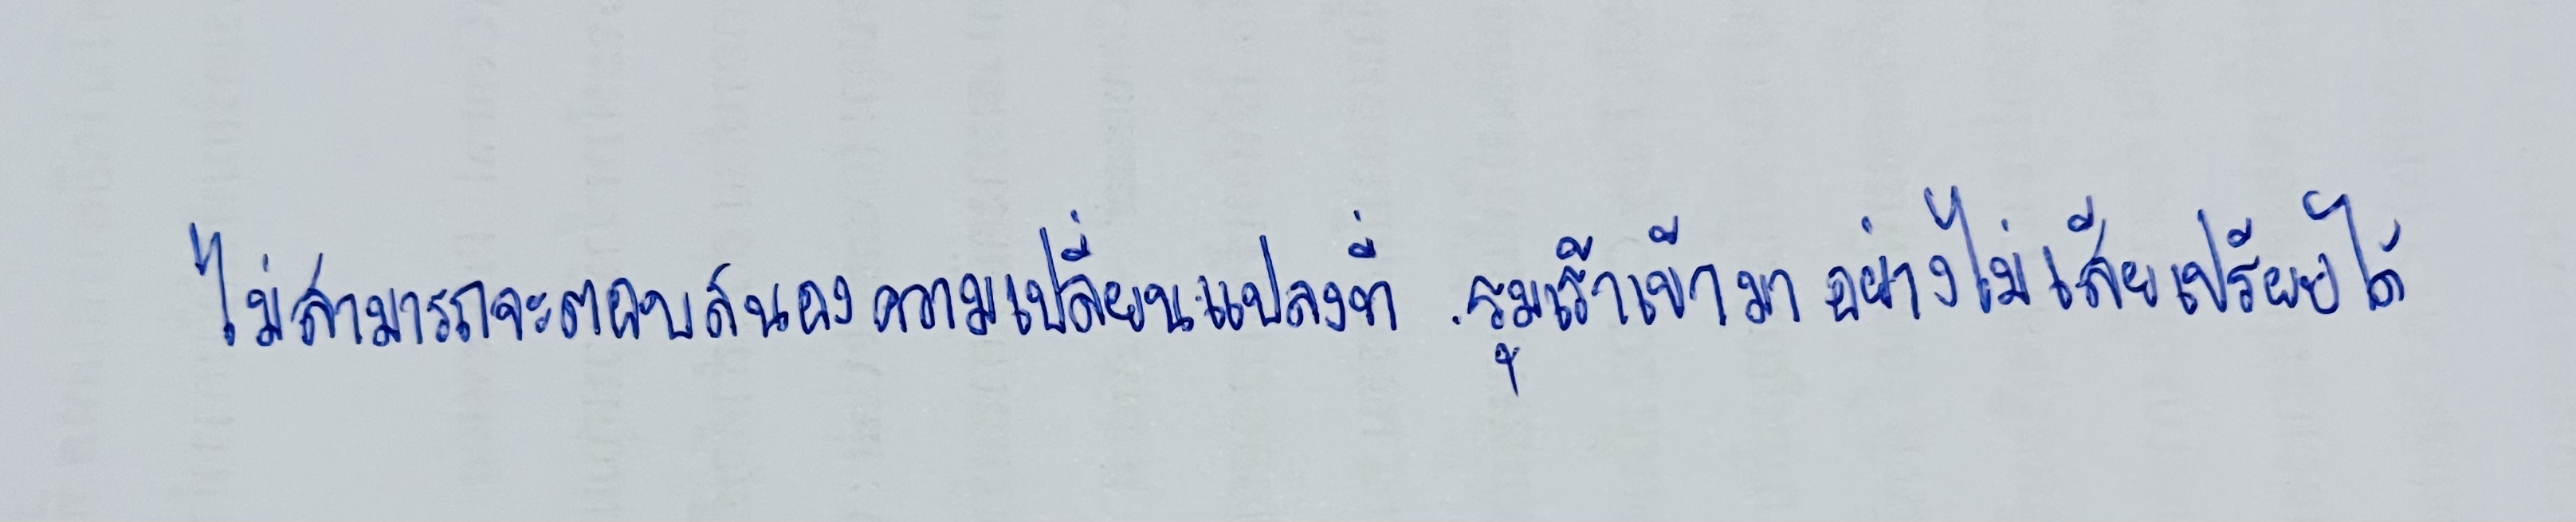
ไม่สามารถจะตอบสนองความเปลี่ยนแปลงที่รุมเร้าเข้ามาอย่างไม่เสียเปรียบได้